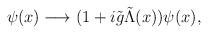
LaTeX: \begin{align*}\psi(x) \longrightarrow (1 + i{\tilde g} {\tilde \Lambda}(x)) \psi(x),\end{align*}